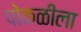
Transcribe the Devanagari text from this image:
पोकळीला